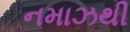
નમાઝથી